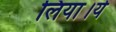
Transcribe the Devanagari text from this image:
लिया।ये